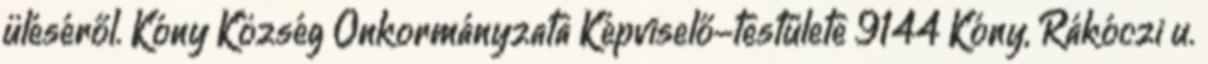
üléséről. Kóny Község Önkormányzata Képviselő-testülete 9144 Kóny, Rákóczi u.